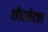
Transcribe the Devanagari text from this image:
शीटमेटल